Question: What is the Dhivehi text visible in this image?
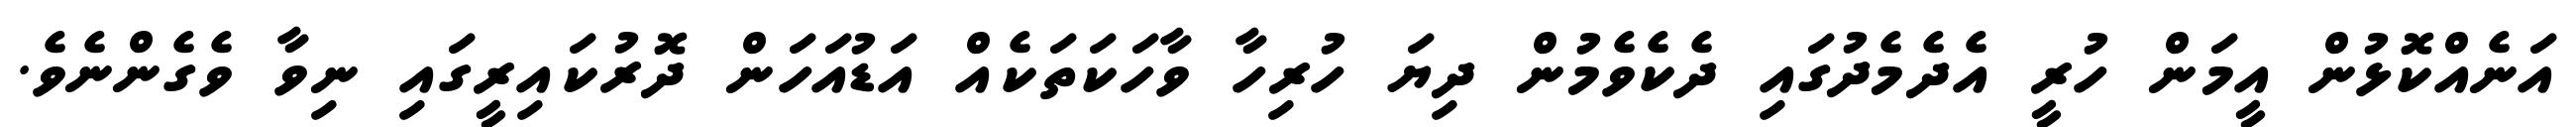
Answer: އަނެއްކޮޅުން އީމަން ހުރީ އެދެމެދުގައި ދެކެވެމުން ދިޔަ ހުރިހާ ވާހަކަތަކެއް އަޑުއަހަން ދޮރުކައިރީގައި ނިވާ ވެގެންނެވެ.